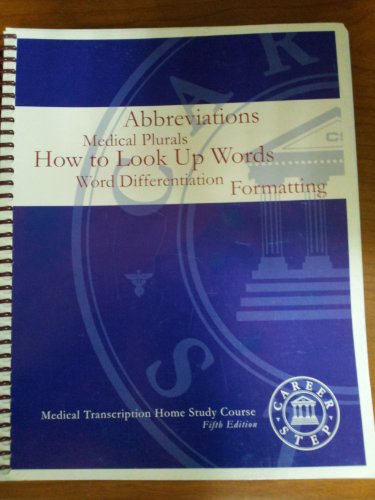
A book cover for Abbreviations, Plurals, How to Look Up Words, Word Differentiation, Formatting-Medical Transcription Home Study Course Career Step; Medical Books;